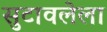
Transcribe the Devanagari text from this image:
सुटावलेला